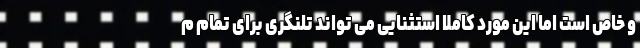
و خاص است اما این مورد کاملا استثنایی می تواند تلنگری برای تمام م